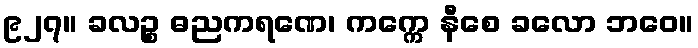
၉၂၇။ ခလဉ္စ ဓညကရဏေ၊ ကက္ကေ နီစေ ခလော ဘဝေ။